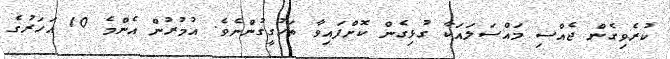
ކުރެވިގެން ޖެއްސި މައްސަލައަކާ ގުޅިގެން ކޮށްފައިވާ ތަހުގީގުންނެވެ. އުމުރުން އެންމެ 10 އަހަރުގެ